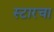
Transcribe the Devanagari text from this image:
स्टारचा